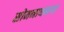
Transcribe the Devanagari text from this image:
सोमनाथनगर